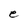
Character: e